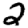
Digit: 2